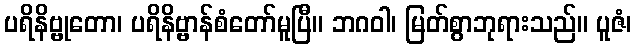
ပရိနိဗ္ဗုတော၊ ပရိနိဗ္ဗာန်စံတော်မူပြီ။ ဘဂဝါ၊ မြတ်စွာဘုရားသည်။ ပူဇံ၊